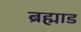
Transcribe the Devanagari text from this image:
ब्रह्माड